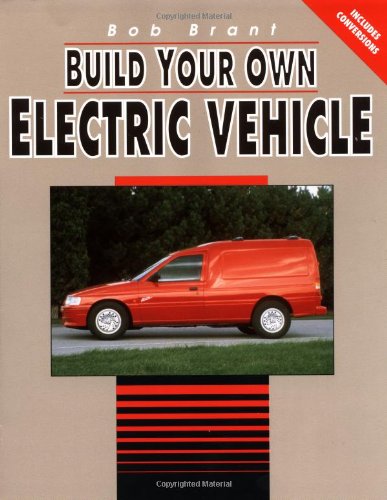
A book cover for Build Your Own Electric Vehicle; Bob Brant; Engineering & Transportation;